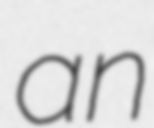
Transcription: an